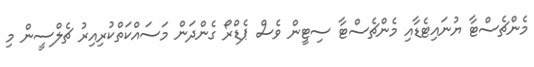
މެންޗެސްޓާ ޔުނައިޓެޑާއި މެންޗެސްޓާ ސިޓީން ވެސް ޕެޑްރޯ ގެންދަން މަސައްކަތްކުރިއިރު ޗެލްސީން މި